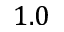
1 . 0